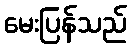
မေးပြန်သည်